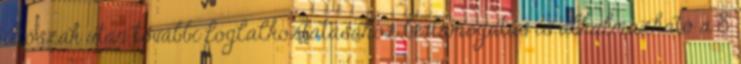
időszak után további foglalkoztatásához bértámogatás is alkalmazható a 8